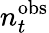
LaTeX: n_{t}^{\mathrm{obs}}